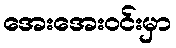
အေးအေးဝင်းမှာ